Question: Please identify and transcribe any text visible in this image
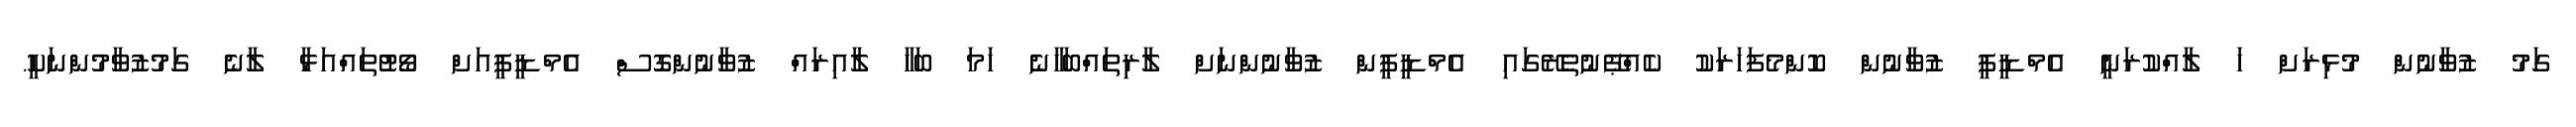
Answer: ގަމު ޒުވާނުން މުޅިރަށް ހަ ލާއްކުރަނީ އެމްޑީޕީ ޒުވާނުން ކޮންމެފަހަރަކު ކެއްޕޭނުތެރޭގައި އެމްޑީޕީން ޒުވާނުންނަށް ލާރިތައްބަހާނެ ހަމަ ބަހާ ލާއިރައް ޒުވާނުންގޮސް އެމްޑީޕީއަށް ވޯޓުތައްއަޅާ ލާނެ ގަމުޒުވާމުންނަކީ.